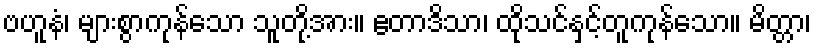
ဗဟူနံ၊ များစွာကုန်သော သူတို့အား။ ဧတာဒိသာ၊ ထိုသင်နှင့်တူကုန်သော။ မိတ္တာ၊